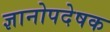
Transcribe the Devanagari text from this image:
ज्ञानोपदेषक